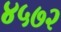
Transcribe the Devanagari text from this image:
४५७२